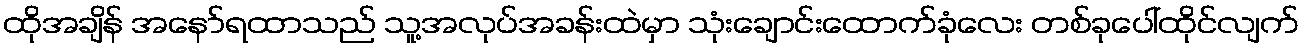
ထိုအချိန် အနော်ရထာသည် သူ့အလုပ်အခန်းထဲမှာ သုံးချောင်းထောက်ခုံလေး တစ်ခုပေါ်ထိုင်လျက်